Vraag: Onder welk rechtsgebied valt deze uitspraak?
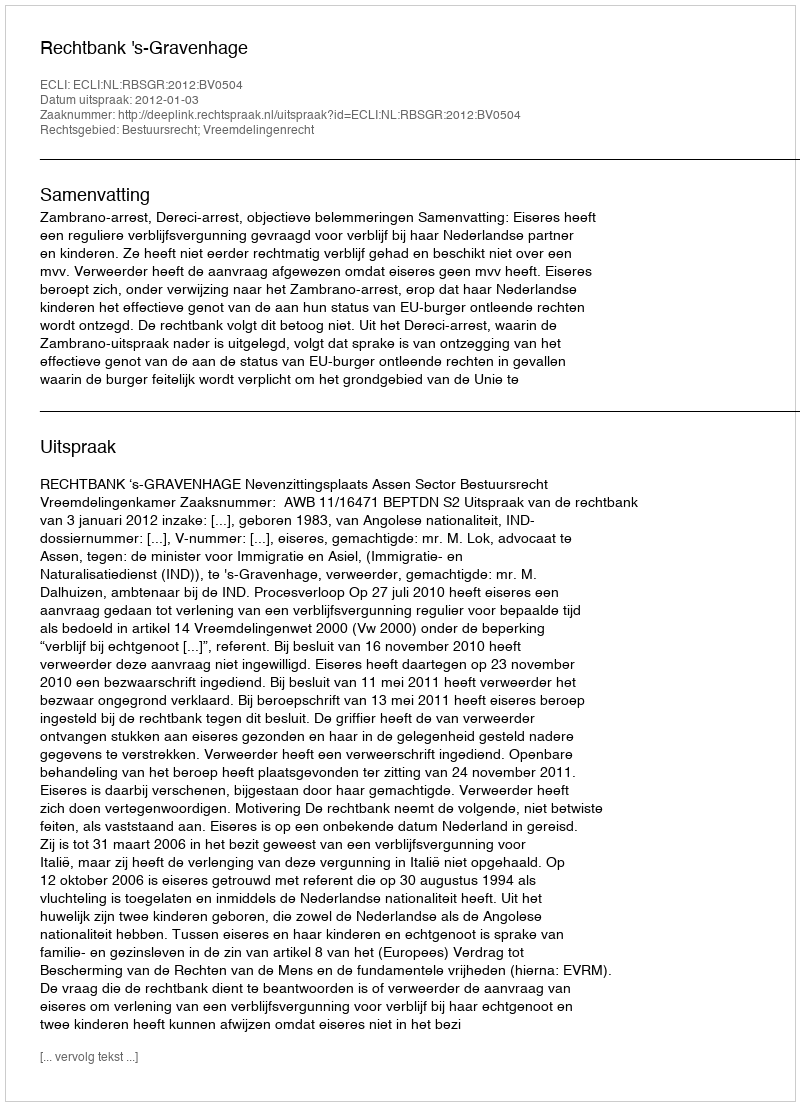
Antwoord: Bestuursrecht; Vreemdelingenrecht